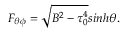
F _ { \theta \phi } = \sqrt { B ^ { 2 } - \tau _ { 0 } ^ { 4 } } s i n h \theta .